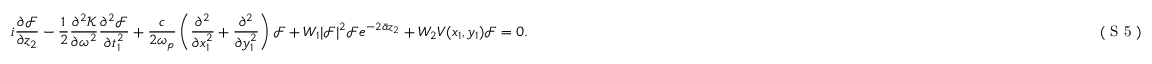
i \frac { \partial \mathcal { F } } { \partial z _ { 2 } } - \frac { 1 } { 2 } \frac { \partial ^ { 2 } \mathcal { K } } { \partial \omega ^ { 2 } } \frac { \partial ^ { 2 } \mathcal { F } } { \partial t _ { 1 } ^ { 2 } } + \frac { c } { 2 \omega _ { p } } \left( \frac { \partial ^ { 2 } } { \partial x _ { 1 } ^ { 2 } } + \frac { \partial ^ { 2 } } { \partial y _ { 1 } ^ { 2 } } \right) \mathcal { F } + W _ { 1 } | \mathcal { F } | ^ { 2 } \mathcal { F } e ^ { - 2 \bar { \alpha } z _ { 2 } } + W _ { 2 } V ( x _ { 1 } , y _ { 1 } ) \mathcal { F } = 0 . \eqno { ( \textrm { S 5 } ) }